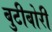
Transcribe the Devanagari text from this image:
बुटीबोरी